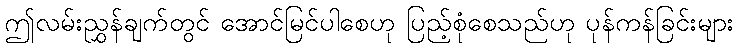
ဤလမ်းညွှန်ချက်တွင် အောင်မြင်ပါစေဟု ပြည့်စုံစေသည်ဟု ပုန်ကန်ခြင်းများ